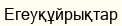
Егеуқұйрықтар